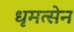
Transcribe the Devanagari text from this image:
धृमत्सेन